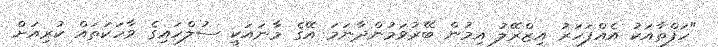
"ހަފްތާއަކު އެއްފަހަރު އިޒްރޭލު އިމުން ބޭރުވަމުންދާނަމަ އޭގެ މާނައަކީ ސުލްހައިގެ ވާހަކަތައް ކުރިއަށް